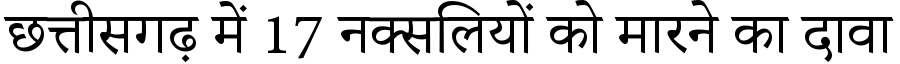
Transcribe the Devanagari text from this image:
छत्तीसगढ़ में 17 नक्सलियों को मारने का दावा